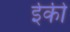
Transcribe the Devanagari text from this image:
ईँकी